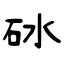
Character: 砅